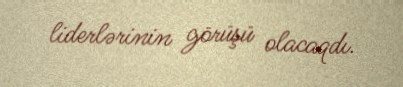
liderlərinin görüşü olacaqdı.